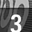
Digit: 3